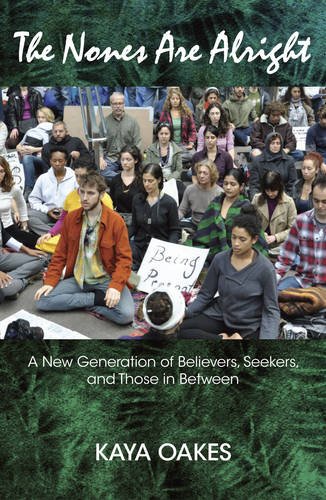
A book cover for The Nones Are Alright; Kaya Oakes; Christian Books & Bibles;